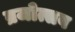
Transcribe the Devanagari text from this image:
ब्रजोत्सव